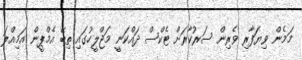
މަމެން ވިޔަފާރި ވެރިން ސަރުކާރަށް ޓެކްސް ދައްކަނީ މަޖްލީހުގައި ތިބޭ އެމްޕީން އަމިއްލަ